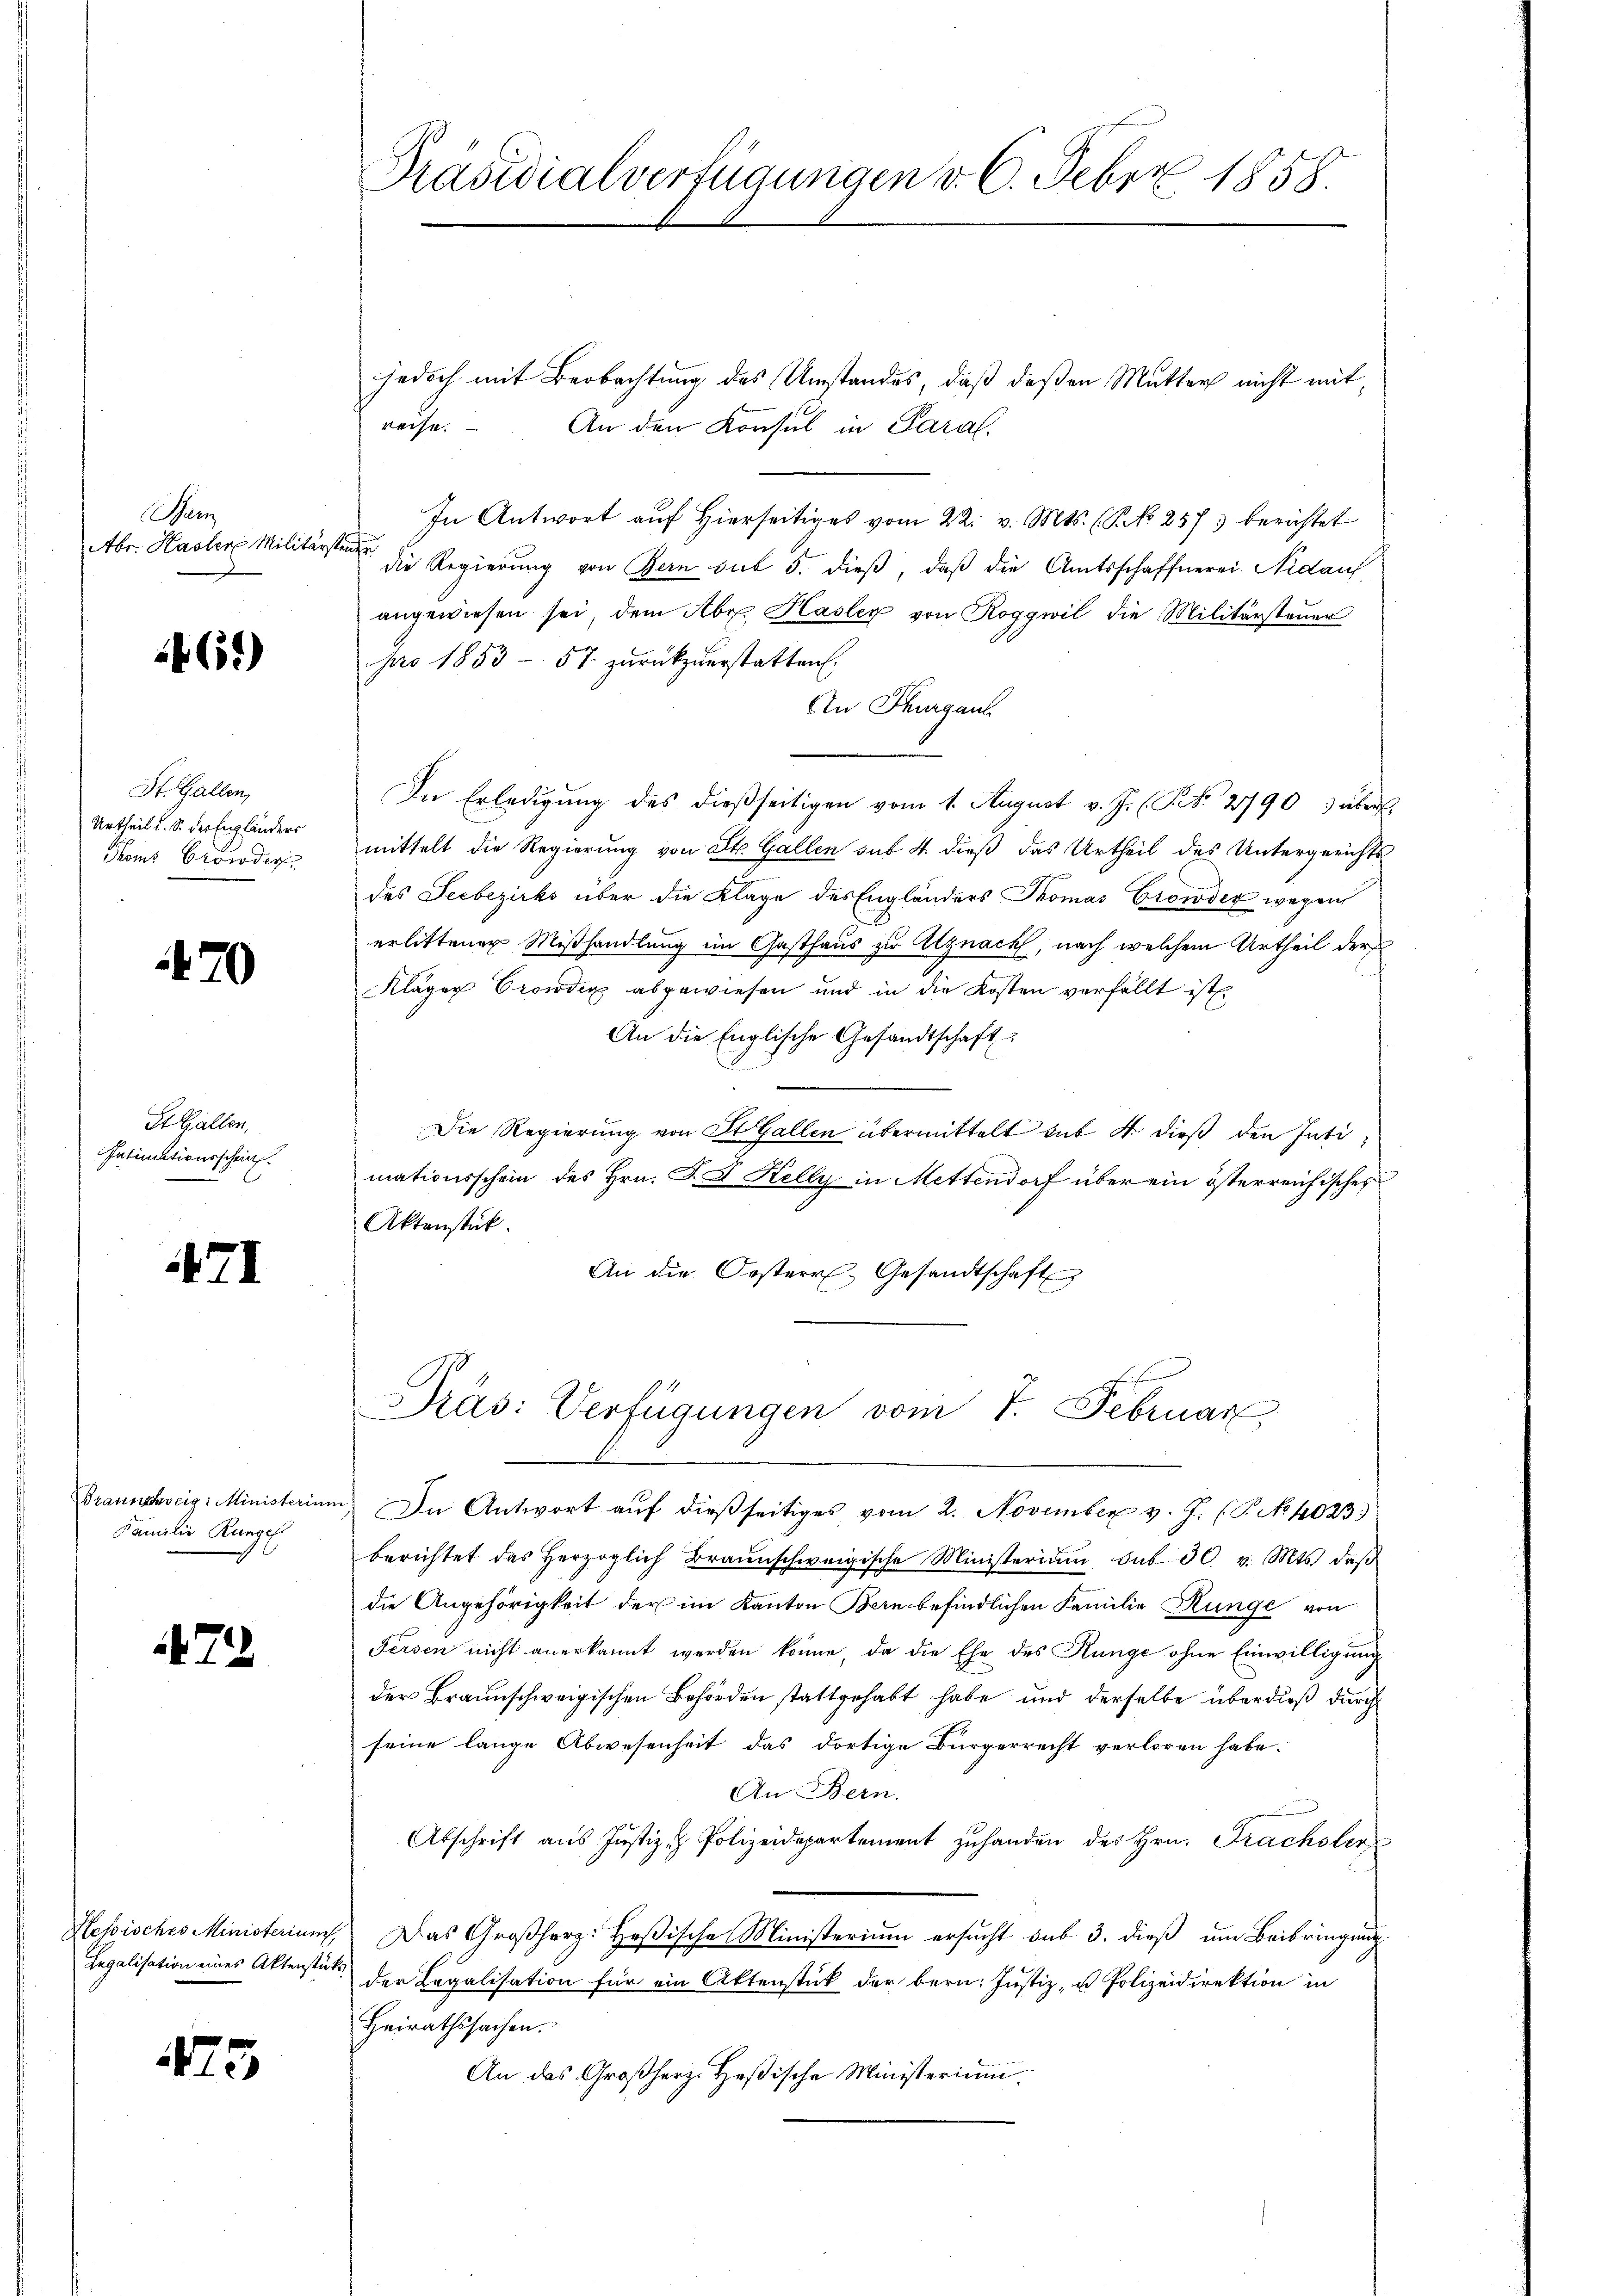
Mar
Abr. Hasler Militär

461)

St. Gallen,
Urtheil u. S. der Engländers
Thons Grönder

70

St. Gallen,
Intimationsschein

471

Braunsteig: Ministerium
Familie Rungel

7

Hessisches Ministerium,
Regalisation eines Aktenstücke

5

Präsidialverfügungen d. 6. Feber 1858.

jedoch mit Beobachtung des Umstandes, daß deßen Mutter nicht mit
reise.
An den Konsul in Paral.
In Antwort aŭf hierseitiges vom 22. v. Mts. (T. No 257 berichtet
n
die Regierung von Bern sub 5. dieß, daß die Amtsschaffnerei. Nidauf
angewiesen sei dem Abr. Hasler von Roggwil die Militärsteŭer
pro 1853 - 57. zurückzuerstatten.
An Thurgau
In Erledigung des dießseitigen vom 1. August v. J. (S. 2790 3 über
mittelt die Regierung von St. Gallen sub. 4 dieß das Urtheil des Untergerichts
des Seebezirks über die Klage des Engländers Thomas Gronder wegen
erlittener Mißhandlung im Gasthaus zu Alznach, nach welchem Urtheil der
Kläger Crondin abgewiesen und in die Kosten verfällt ist.
An die Englische Gesandtschaft
Die Regierung von St. Gallen übermittelt hat 4 dieß den Intimationsschein des Hrn. F. A. Kelly in Mettendorf über ein österreichischer
Aktenstück.
An die Osterr. Gesandtschaft

In Antwort aŭf dießseitiges vom 2. November v. J. (T. No 4023)
berichtet das herzoglich Braunschweigische Ministerium sub 30 v. Mts. daβ
die Angehörigkeit der im Kanton Bern befindlichen Familie Hunge von
Fersen nicht anerkannt werden könne, da die Ehe des Künge ohne Einwilligung
der Braunschweigischen Behörden stattgehabt habe und derselbe überdieß durch
seine lange Abwesenheit das dortige Bürgerrecht verloren habe.
An Bern.
Abschrift aus Justiz & Polizeidepartement zu handen des Hrn. Frachsler
 Das Großherz: Heßische Ministerium ersucht sub 3. dieß um Beibringung
 der Legalisation für ein Aktenstück der bern: Justiz- u Polizeidirektion in
Heirathssachen.
An das Großherz-Heßische Ministerium.

Präs: Verfügungen vom 7. Februar